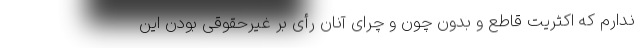
ندارم که اکثریت قاطع و بدون چون و چرای آنان رأی بر غیرحقوقی بودن این